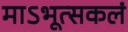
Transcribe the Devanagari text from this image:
माऽभूत्सकलं